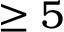
\geq 5